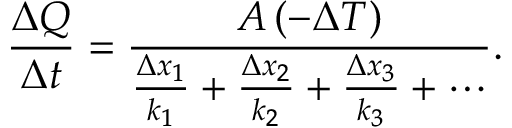
{ \big . } { \frac { \Delta Q } { \Delta t } } = { \frac { A \, ( - \Delta T ) } { { \frac { \Delta x _ { 1 } } { k _ { 1 } } } + { \frac { \Delta x _ { 2 } } { k _ { 2 } } } + { \frac { \Delta x _ { 3 } } { k _ { 3 } } } + \cdots } } .